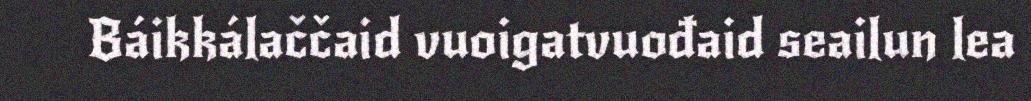
Báikkálaččaid vuoigatvuođaid seailun lea